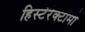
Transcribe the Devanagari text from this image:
हिस्टेरेक्टॉमी